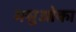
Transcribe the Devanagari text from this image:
मसुओका